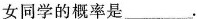
女同学的概率是 ___ 。